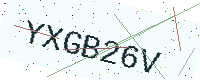
Text: YXGB26V